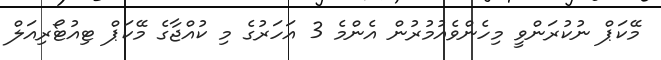
މޭކަޕް ނުކުރަންވީ މިހެންވެއުމުރުން އެންމެ 3 އަހަރުގެ މި ކުއްޖާގެ މޭކަޕް ޓިއުޓޯރިއަލް